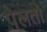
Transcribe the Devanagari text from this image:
पेलतो